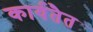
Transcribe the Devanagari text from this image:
कार्यतैत